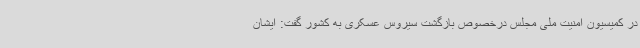
در کمیسیون امنیت ملی مجلس درخصوص بازگشت سیروس عسکری به کشور گفت: ایشان